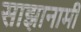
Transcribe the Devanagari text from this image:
साझानामी